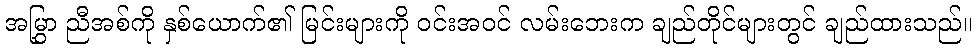
အမြွှာ ညီအစ်ကို နှစ်ယောက်၏ မြင်းများကို ဝင်းအဝင် လမ်းဘေးက ချည်တိုင်များတွင် ချည်ထားသည်။